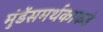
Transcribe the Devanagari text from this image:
मुंडेंसमर्थकाकडे